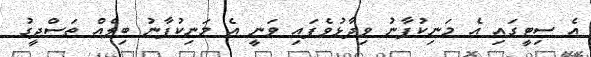
އެ ސިޓީގައި އެ މަނިކުފާނު ވިދާޅުވެފައި ވަނީ އެ މަނިކުފާނު ބިލެއް ތަސްދީގު